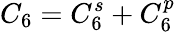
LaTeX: C_{6}=C_{6}^{s}+C_{6}^{p}